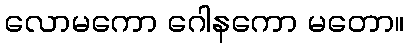
လောမကော ဂေါနကော မတော။